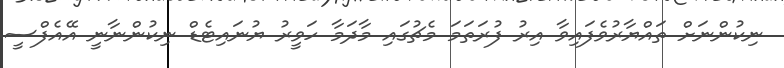
ނިކުންނަށް ތައްޔާރުވެފައިވާ އިރު ފުރަތަމަ މެޗުގައި މާދަމާ ހަވީރު ޔުނައިޓެޑް ނިކުންނާނީ އޭއެފްސީ